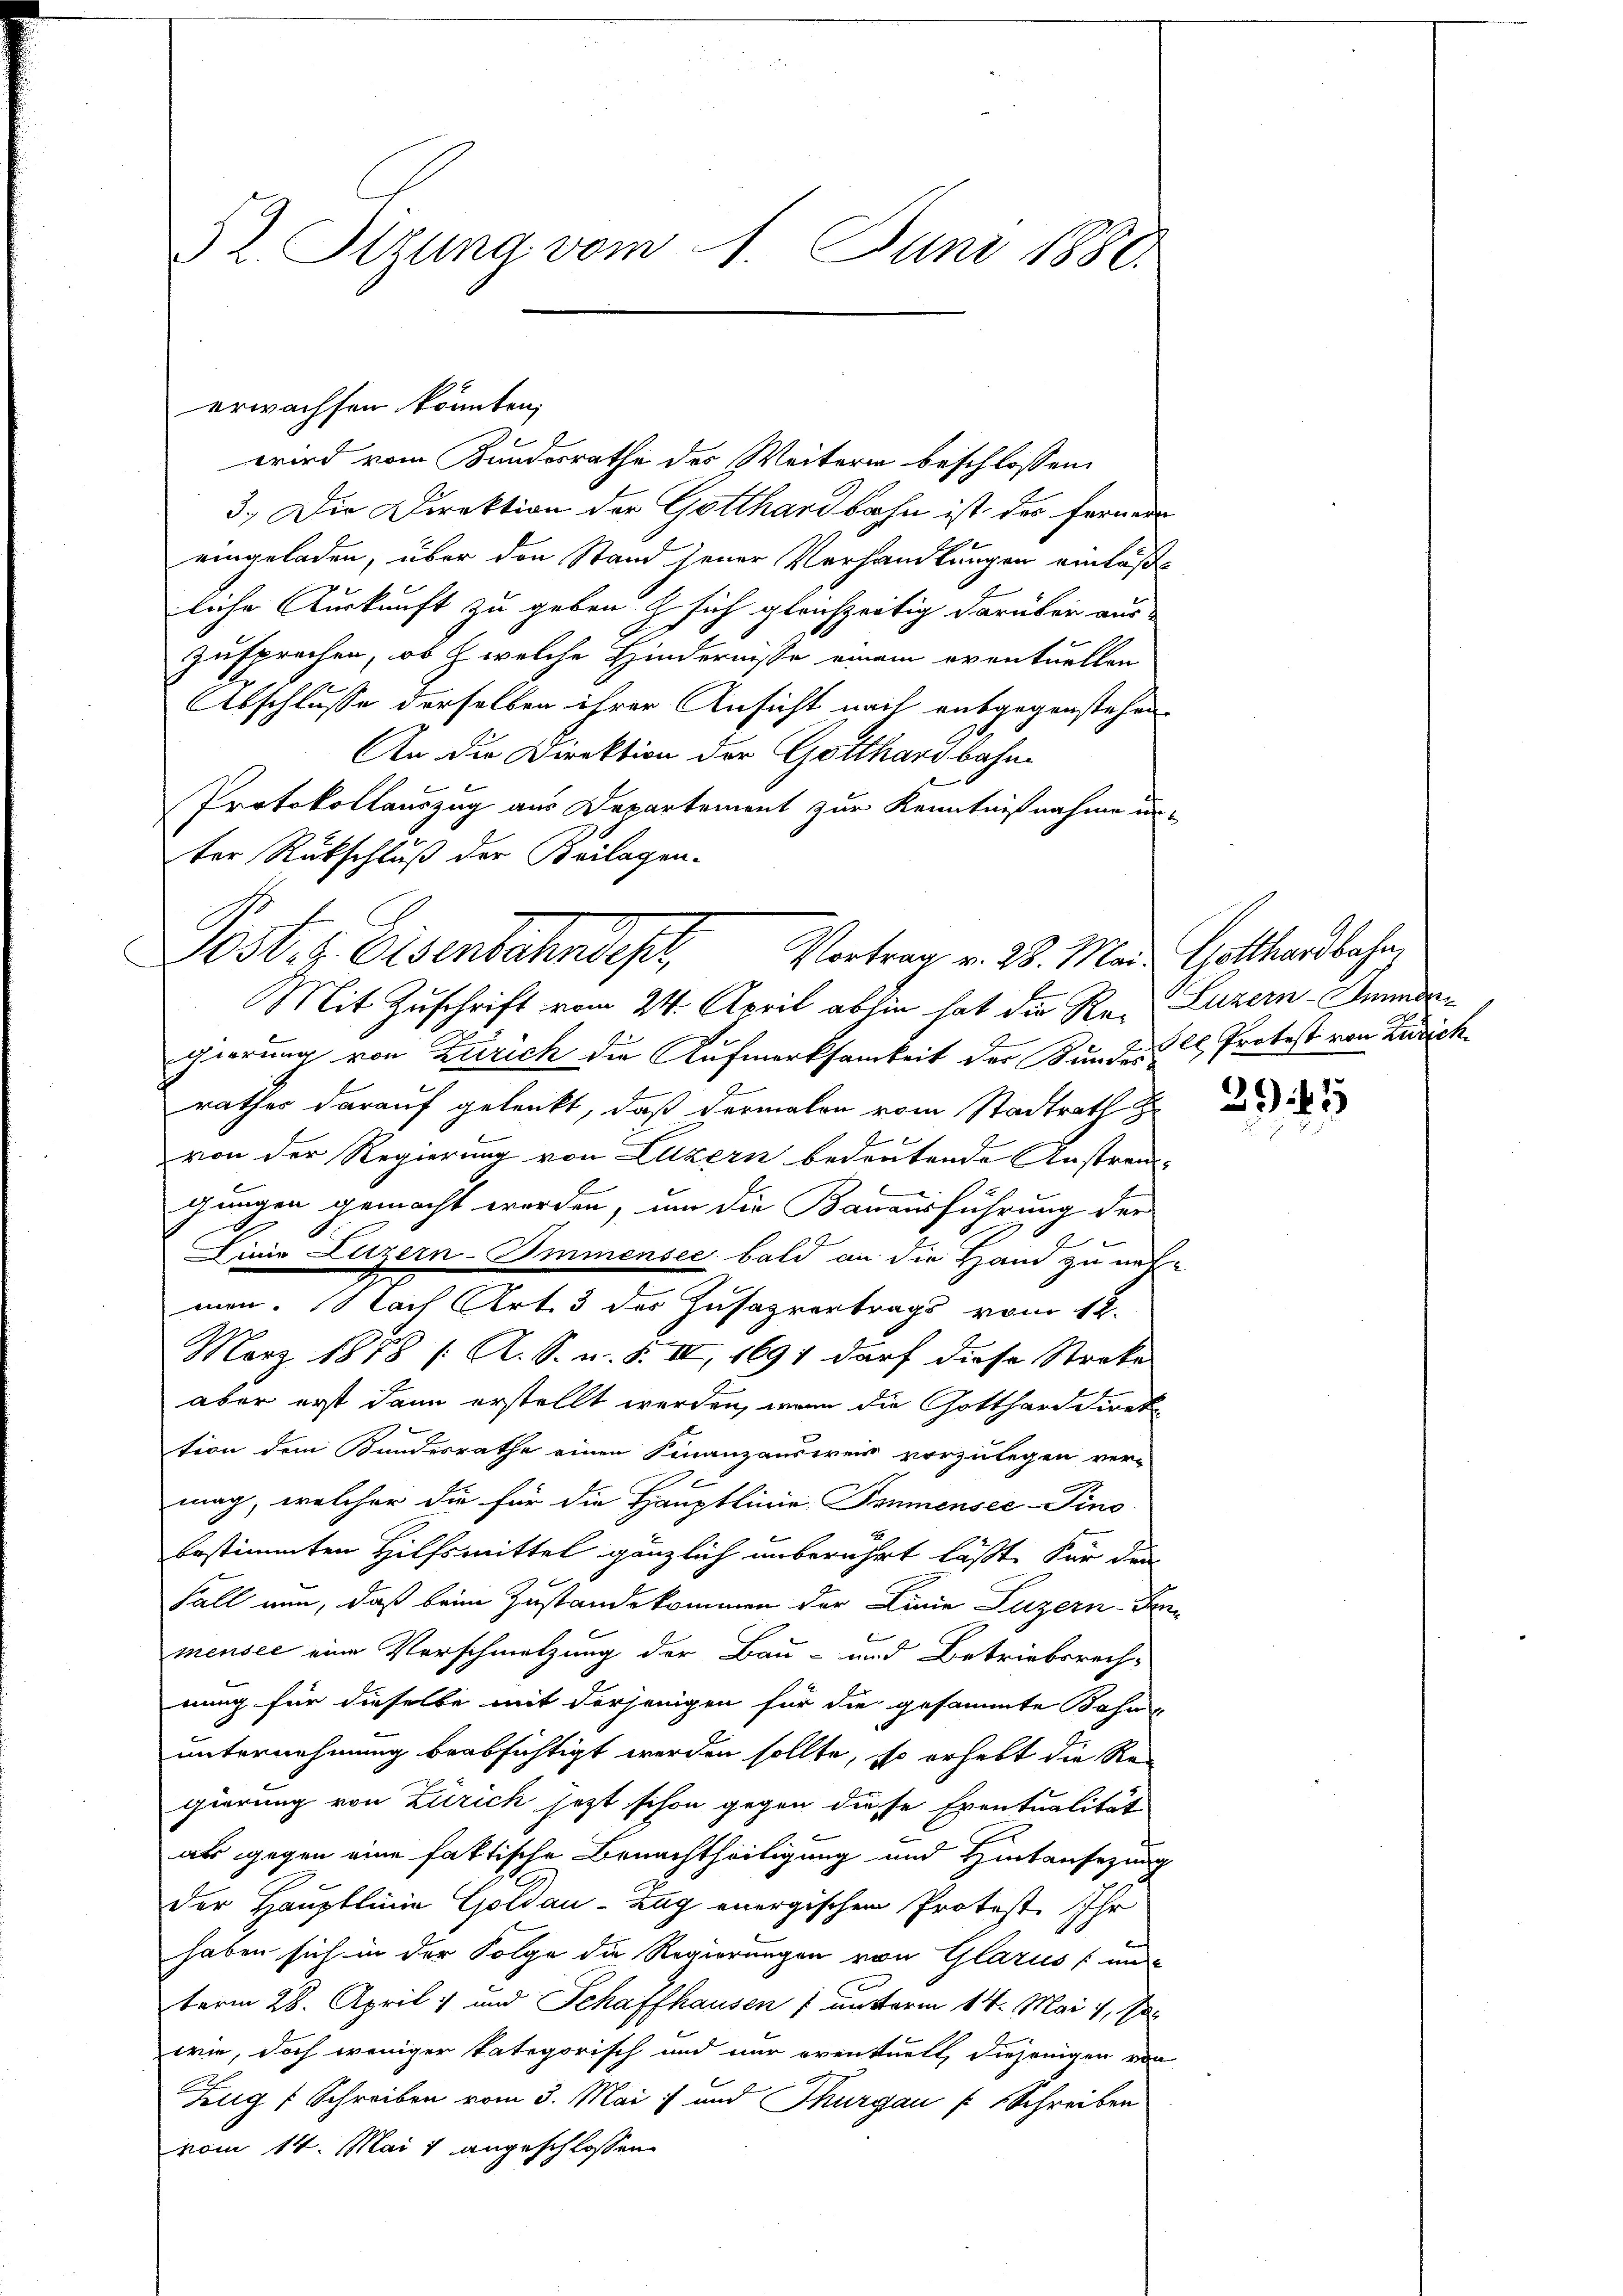
§ l. Otzung vom 1. Juni 1880.

wird vom Bundesrathe des Weitern beschlossen:
3.) Die Direktion der Gotthardbahn ist der ferner
eingeladen, über den Stand jener Verhandlungen einläße
liche Auskunft zu geben & sich gleichzeitig darüber aus-
zusprechen, ob & welche Hindernisse einem eventuellen
Abschlusse derselben ihrer Ansicht nach ausgegenstehen
An die Direktion der Gotthardbahn¬
Protokollauszug aus Departement zur Kenntnißnahme unter Rückschluß der Beilagen-
Post. z. Eisenbahndesh
Mit Zuschrift vom 24. April abhin hat die Re-Luzern Seide
.
s
gierung von Zürich die Aufmerksamkeit der Kundes C. Protest von Zürich.
7
rathes darauf gelenkt, daß dermalen vom Stadtrath
von der Regierung von Luzern bedeutende Austren-
gungen gemacht werden, um die Bauausführung der
Dinio Luzern-Immensee bald an die Hand zu neh-
men. Nach Art. 3 des Zusazvertrags vom 12.
März 1858 / A. S. u. S. II, 1694 darf diese Streke
aber erst dann erstellt werden, wenn die Gotthard direk
tion dem Bundesrathe einen Finanzausweis vorzulegen ver-
x
mag, welcher die für die Hauptlinie Pommensee–Pino
bestimmten Hilfsmittel gänzlich unberührt läßt. Für die
Fall nun, daß beim Zustandekommen der Linie Luzern Fenbi
mensee eine Vorschmetzung der Bau- und Betriebsrech-
nung für dieselbe mit derjenigen für die gesammte Bahnunternehmung beabsichtigt werden sollte, so erhebt die Regierung von Zürich jetzt schon gegen diese Eventualität
als gegen eine faktische Benachtheiligung und Hintansezung
der Hauptlinie Goldau-Zug energischen Protest. Ihr
haben sich in der Folge die Regierungen von Glarus un
berm 28. April 1 und Schaffhausen 1 unterm 14. Mai v. J.
wie, doch weniger kategorisch und nur eventuell, diejenigen von
Zug (Schreiben vom 3. Mai und Thurgau (Schreiben
vom 14. Mai 1 angeschlossen.

C

erwachsen könnten,

Vortrag v. 28. Mai Gotthardbahn

2